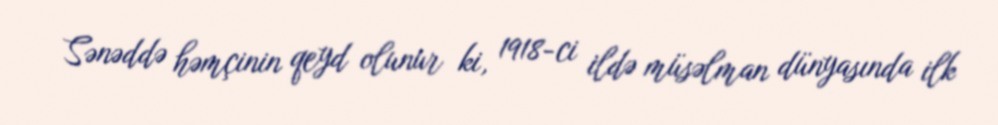
Sənəddə həmçinin qeyd olunur ki, 1918-ci ildə müsəlman dünyasında ilk